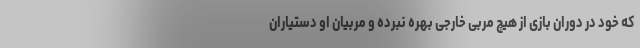
که خود در دوران بازی از هیچ مربی خارجی بهره نبرده و مربیان او دستیاران